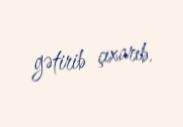
gətirib çıxarıb.